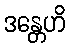
ဒန္တေဟိ